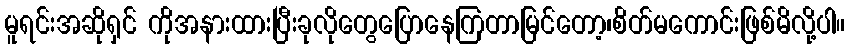
မူရင်းအဆိုရှင် ကိုအနားထားပြီးခုလိုတွေပြောနေကြတာမြင်တော့၊စိတ်မကောင်းဖြစ်မိလို့ပါ။